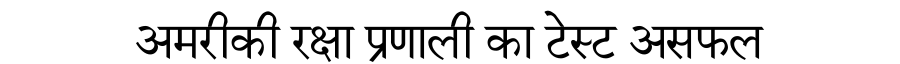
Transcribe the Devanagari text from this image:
अमरीकी रक्षा प्रणाली का टेस्ट असफल